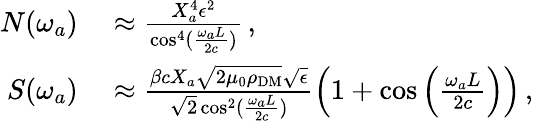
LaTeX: \begin{array}{rl}{N(\omega_{a})}&{{}\approx\frac{X_{a}^{4}\epsilon^{2}}{\cos^{4}(\frac{\omega_{a}L}{2c})}\, ,}\\ {S(\omega_{a})}&{{}\approx\frac{\beta cX_{a}\sqrt{2\mu_{0}\rho_{\mathrm{DM}}}\sqrt{\epsilon}}{\sqrt{2}\cos^{2}(\frac{\omega_{a}L}{2c})}\left(1+\cos\left(\frac{\omega_{a}L}{2c}\right)\right)\, ,}\end{array}